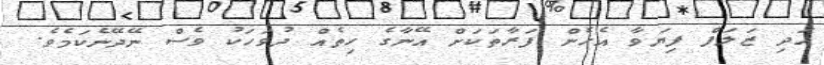
އަދި ޒަލަފް ފިޔަވާ އެހެން ފަރާތަކަށް އޭނާގެ ހިތެއް ދުވަހަކު ވެސް ނޭދޭނެކަމެވެ.